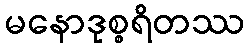
မနောဒုစ္စရိတဿ